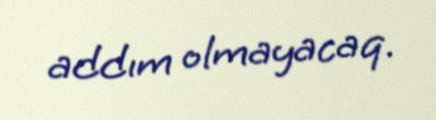
addım olmayacaq.